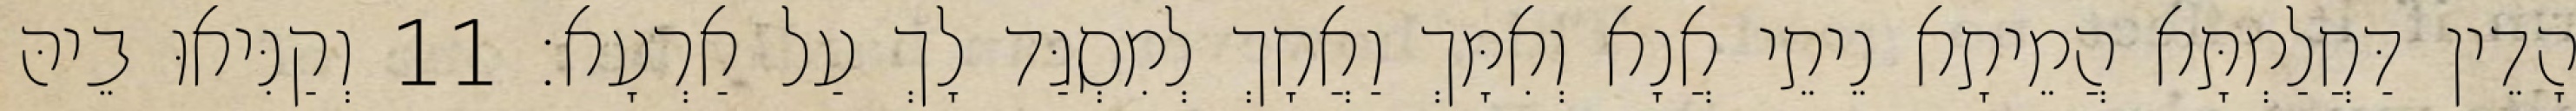
הָדֵין דַּחֲלַמְתָּא הֲמֵיתָא נֵיתֵי אֲנָא וְאִמָּךְ וַאֲחָךְ לְמִסְגַּד לָךְ עַל אַרְעָא׃ 11 וְקַנִּיאוּ בֵיהּ